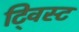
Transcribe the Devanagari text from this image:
टि्वस्ट